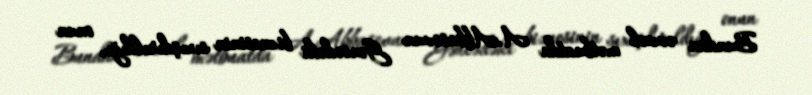
Bundan əvvəl mətbuatda A.Abbasovun Gəncədəki biznesinin sıxışdırıldığı, onun